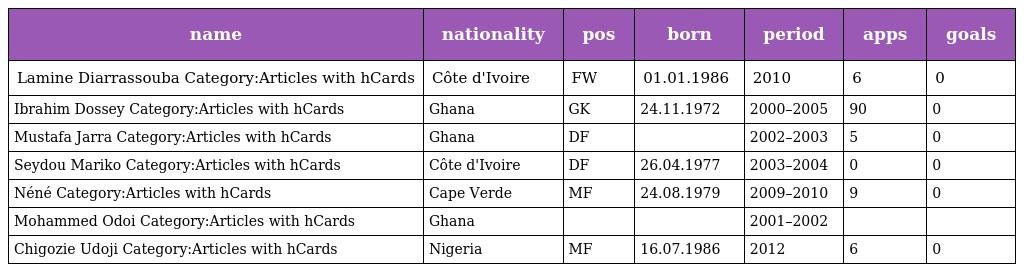
| name | nationality | pos | born | period | apps | goals |
 | --- | --- | --- | --- | --- | --- | --- |
 | Lamine Diarrassouba Category:Articles with hCards | Côte d'Ivoire | FW | 01.01.1986 | 2010 | 6 | 0 |
 | Ibrahim Dossey Category:Articles with hCards | Ghana | GK | 24.11.1972 | 2000–2005 | 90 | 0 |
 | Mustafa Jarra Category:Articles with hCards | Ghana | DF |  | 2002–2003 | 5 | 0 |
 | Seydou Mariko Category:Articles with hCards | Côte d'Ivoire | DF | 26.04.1977 | 2003–2004 | 0 | 0 |
 | Néné Category:Articles with hCards | Cape Verde | MF | 24.08.1979 | 2009–2010 | 9 | 0 |
 | Mohammed Odoi Category:Articles with hCards | Ghana |  |  | 2001–2002 |  |  |
 | Chigozie Udoji Category:Articles with hCards | Nigeria | MF | 16.07.1986 | 2012 | 6 | 0 |